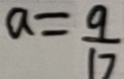
a = \frac { 9 } { 1 7 }